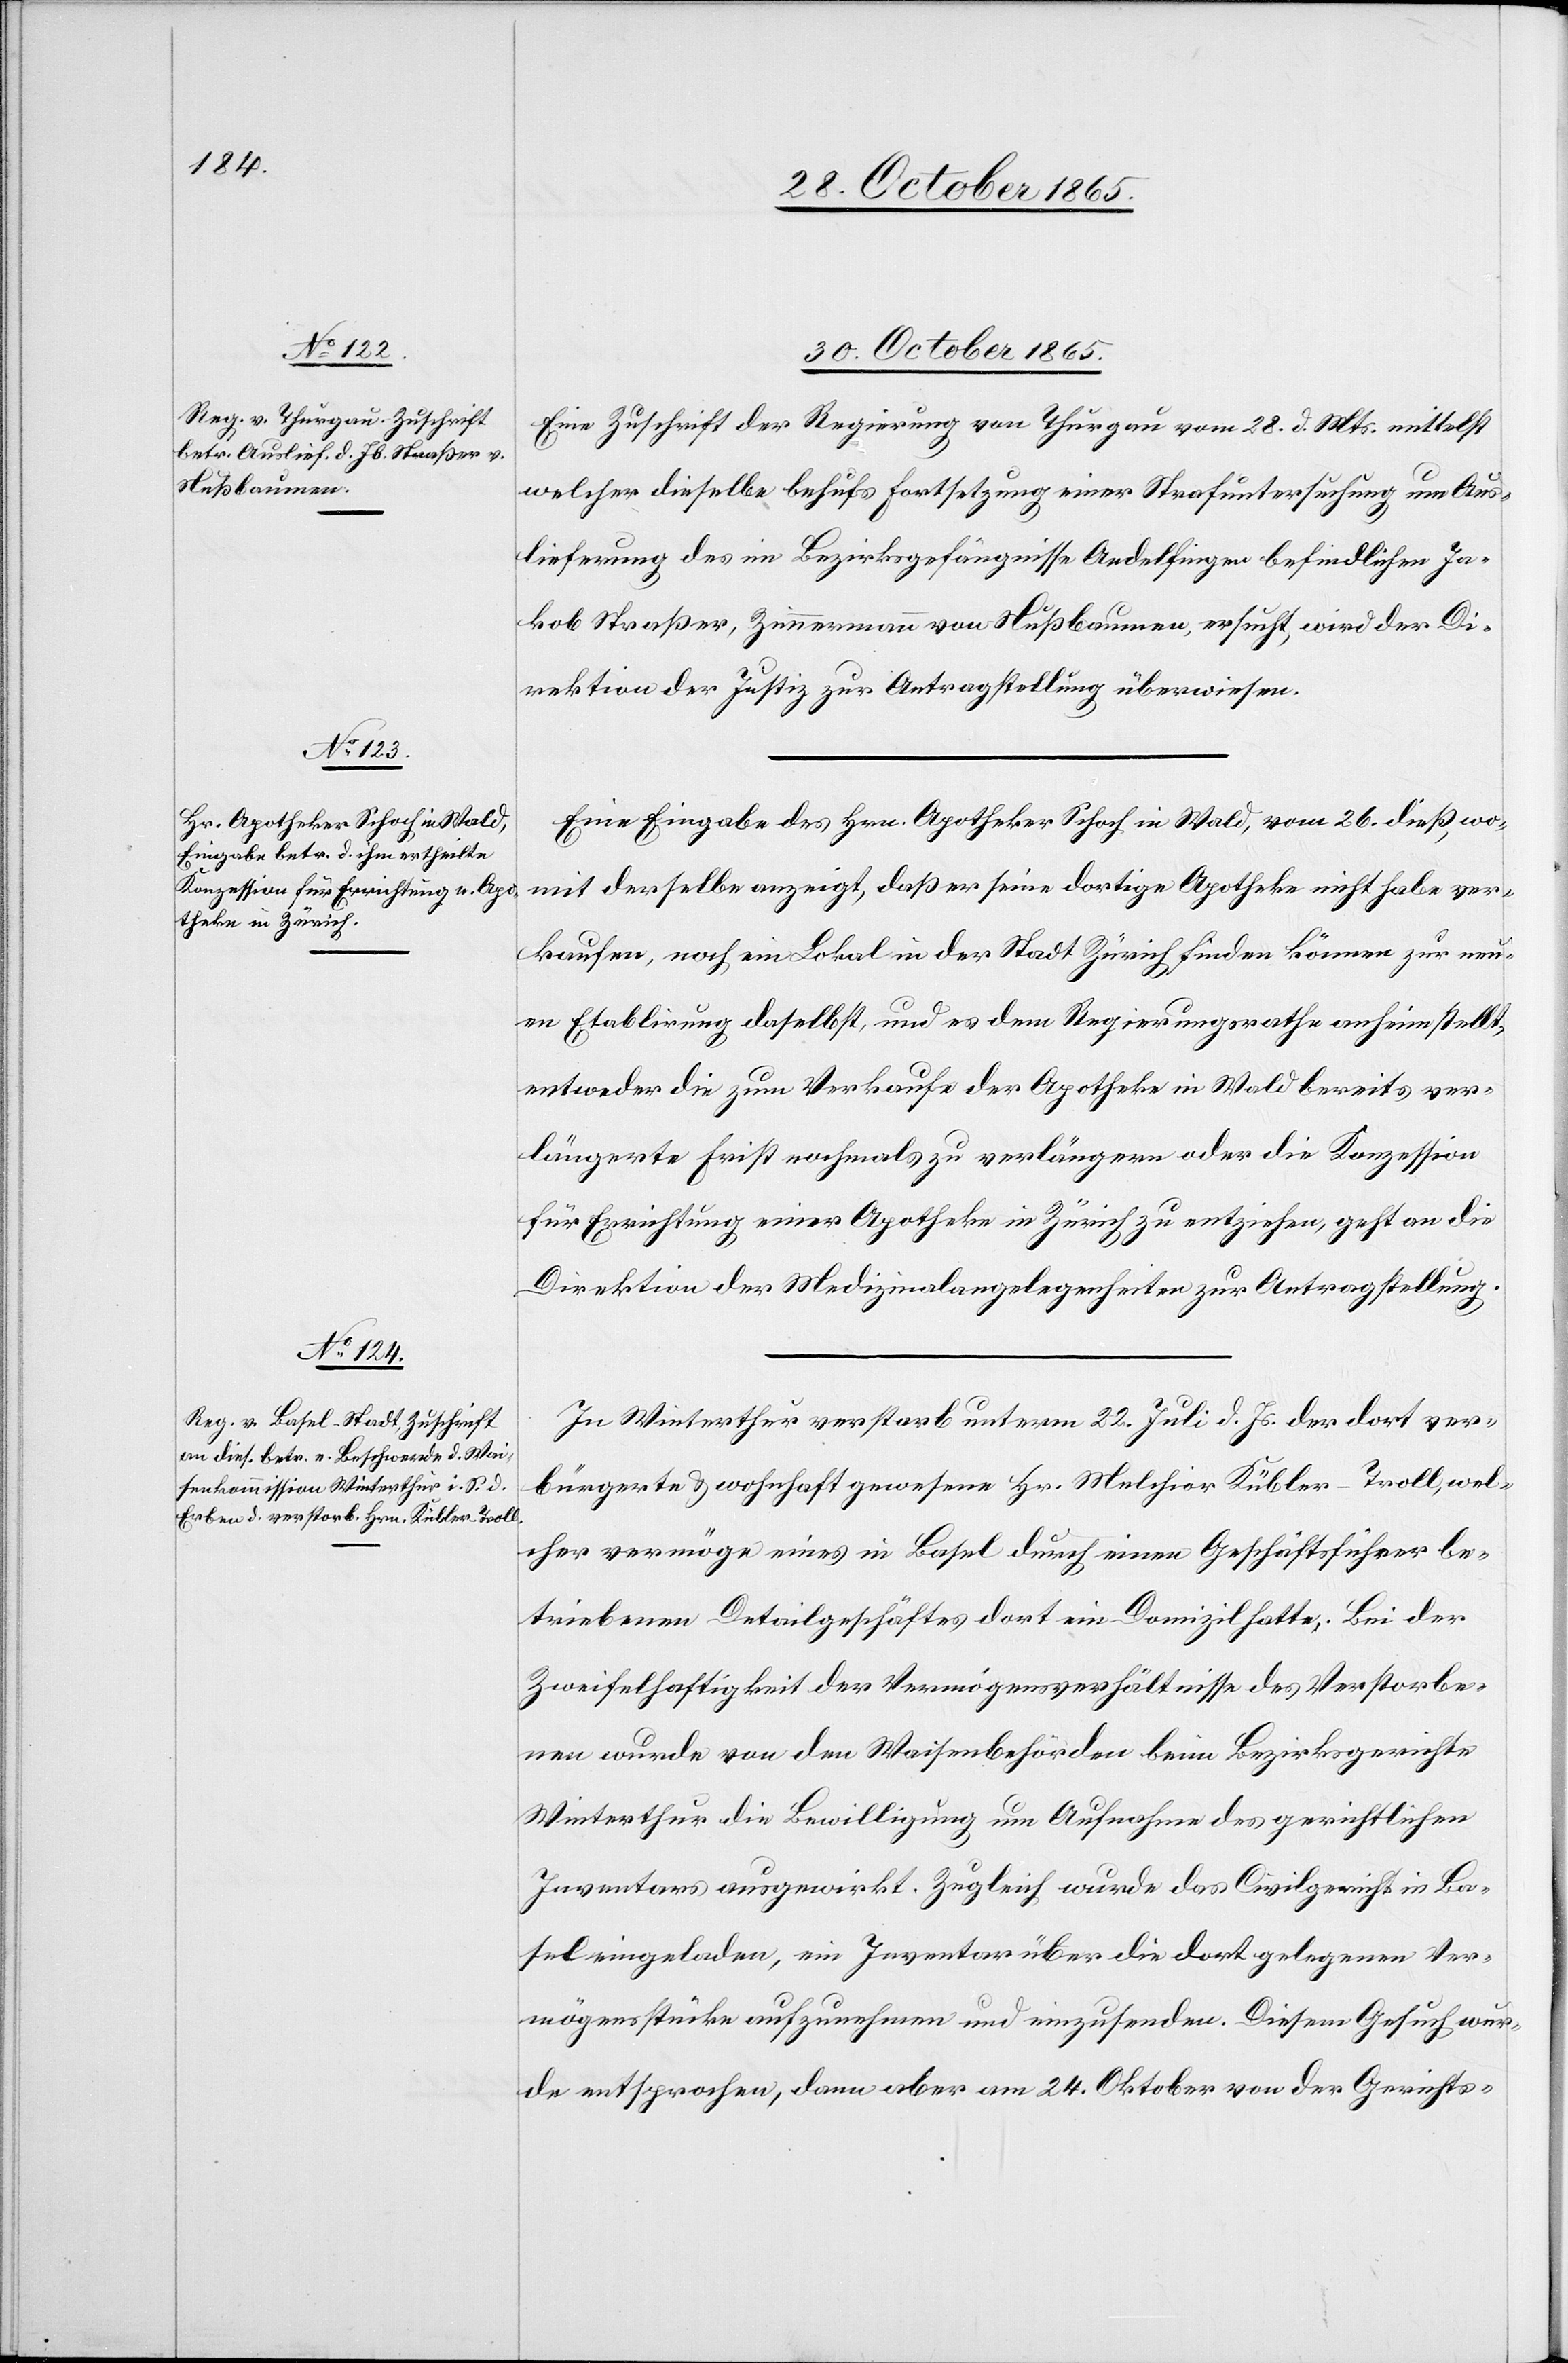
30. October 1865.]
Eine Zuschrift der Regierung von Thurgau vom 28. d. Mts. mittelst
welcher dieselbe behufs Fortsetzung einer Strafuntersuchung um Aus¬
lieferung des im Bezirksgefängnisse Andelfingen befindlichen Ja¬
kob Straßer, Zimmermann von Nußbaumen, ersucht, wird der Di¬
rektion der Justiz zur Antragstellung überwiesen.
Eine Eingabe des Hrn. Apotheker Schoch in Wald, vom 26. dieß, wo¬
mit derselbe anzeigt, daß er seine dortige Apotheke nicht habe ver¬
kaufen, noch ein Lokal in der Stadt Zürich finden können zur neu¬
en Etablirung daselbst, und es dem Regierungsrathe anheim stellt,
entweder die zum Verkaufe der Apotheke in Wald bereits ver¬
längerte Frist nochmals zu verlängern oder die Konzession
für Errichtung einer Apotheke in Zürich zu entziehen, geht an die
Direktion der Medizinalangelegenheiten zur Antragstellung.
In Winterthur verstarb unterm 22. Juli d. Js. der dort ver¬
bürgerte & wohnhaft gewesene Hr. Melchior Kübler-Troll, wel¬
cher vermöge eines in Basel durch einen Geschäftsführer be¬
triebenen Detailgeschäftes dort ein Domizil hatte. Bei der
Zweifelhaftigkeit der Vermögensverhältnisse des Verstorbe¬
nen wurde von den Waisenbehörden beim Bezirksgerichte
Winterthur die Bewilligung um Aufnahme des gerichtlichen
Inventars ausgewirkt. Zugleich wurde das Civilgericht in Ba¬
sel eingeladen, ein Inventar über die dort gelegenen Ver¬
mögensstücke aufzunehmen und einzusenden. Diesem Gesuch wur¬
de entsprochen, dann aber am 24. Oktober von der Gerichts-